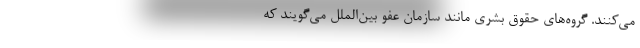
می‌کنند. گروه‌های حقوق بشری مانند سازمان عفو بین‌الملل می‌گویند که